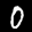
Label: 0